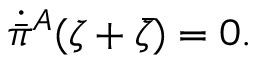
\dot { \bar { \pi } } { } ^ { A } ( \zeta + \bar { \zeta } ) = 0 .